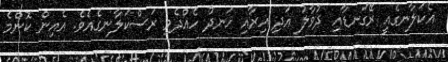
އެކަލާނގެއީ ރޭގަނޑާއި ދުވާލު އަދި އިރާއި ހަނދު ހެއްދެވި ރަސްކަލާނގެއެވެ. އެއިން ކޮންމެ